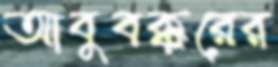
আবুবক্করের